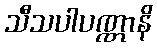
သီသပါပဏ္ဏာနိ